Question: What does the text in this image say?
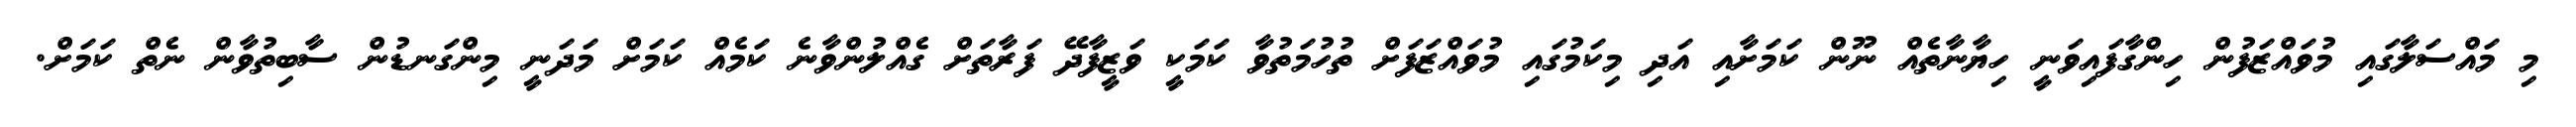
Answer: މި މައްސަލާގައި މުވައްޒަފުން ހިންގާފައިވަނީ ހިޔާނާތެއް ނޫން ކަމަށާއި އަދި މިކަމުގައި މުވައްޒަފަށް ތުހުމަތުވާ ކަމަކީ ވަޒީފާދޭ ފަރާތަށް ގެއްލުންވާނެ ކަމެއް ކަމަށް މަދަނީ މިންގަނޑުން ސާބިތުވާން ނެތް ކަމަށް.